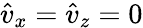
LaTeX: \hat{v}_{x}=\hat{v}_{z}=0